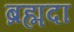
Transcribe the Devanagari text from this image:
ब्रह्मदा